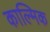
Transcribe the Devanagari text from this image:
काल्मिक